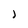
Character: J